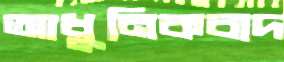
আধুনিকবাদ